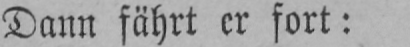
Dann fährt er fort: